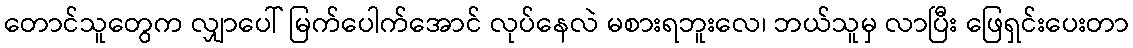
တောင်သူတွေက လျှာပေါ် မြက်ပေါက်အောင် လုပ်နေလဲ မစားရဘူးလေ၊ ဘယ်သူမှ လာပြီး ဖြေရှင်းပေးတာ